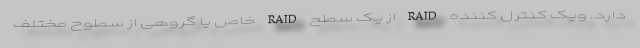
دارد. ویک کنترل کننده RAID از یک سطح RAID خاص یا گروهی از سطوح مختلف